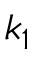
k _ { 1 }